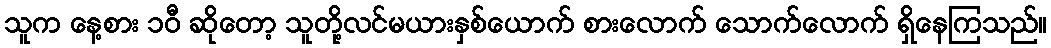
သူက နေ့စား ၁၀ီ ဆိုတော့ သူတို့လင်မယားနှစ်ယောက် စားလောက် သောက်လောက် ရှိနေကြသည်။